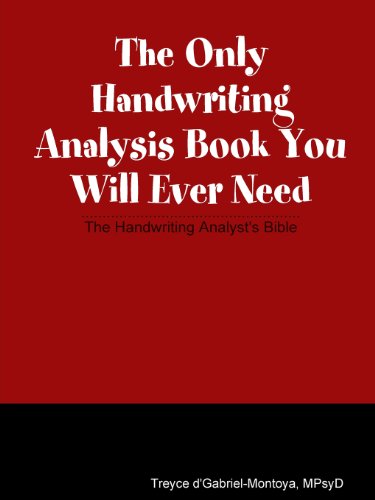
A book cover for The Only Handwriting Analysis Book You Will Ever Need; Treyce Montoya; Self-Help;